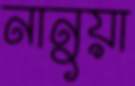
নানুয়া